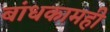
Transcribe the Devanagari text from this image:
बांधकामही